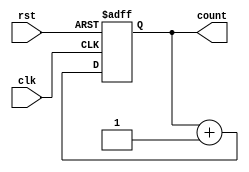
module async_reset_sync_counter #(
    parameter N = 4 // Parameter to define the number of bits of the counter
)(
    input wire clk,       // Clock input
    input wire rst,       // Asynchronous reset input
    output reg [N-1:0] count // N-bit output count
);

    // Counter logic
    always @(posedge clk or posedge rst) begin
        if (rst) begin
            count <= 0; // Reset the counter to zero when reset is asserted
        end else begin
            count <= count + 1; // Increment the counter on the rising edge of the clock
        end
    end

endmodule